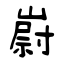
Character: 嶎